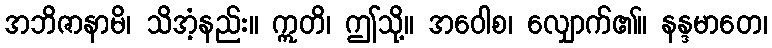
အဘိဇာနာမိ၊ သိအံ့နည်း။ ဣတိ၊ ဤသို့။ အဝေါစ၊ လျှောက်၏။ နန္ဒမာတေ၊